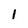
Character: l